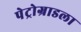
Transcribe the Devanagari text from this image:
पेट्रोग्राडला